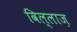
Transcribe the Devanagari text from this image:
विल्लाज़